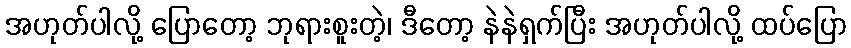
အဟုတ်ပါလို့ ပြောတော့ ဘုရားစူးတဲ့၊ ဒီတော့ နဲနဲရှက်ပြီး အဟုတ်ပါလို့ ထပ်ပြော